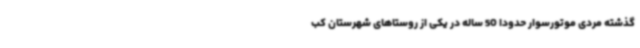
گذشته مردی موتورسوار حدوداً 50 ساله در یکی از روستاهای شهرستان کب